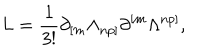
L = { \frac { 1 } { 3 ! } } \partial _ { [ m } \Lambda _ { n p ] } \partial ^ { [ m } \Lambda ^ { n p ] } ,